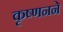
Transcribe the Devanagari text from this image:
कृष्णनने